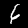
Label: 6